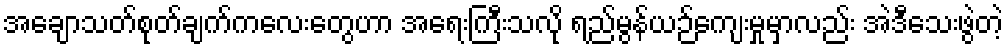
အချောသတ်စုတ်ချက်ကလေးတွေဟာ အရေးကြီးသလို ရည်မွန်ယဉ်ကျေးမှုမှာလည်း အဲဒီသေးဖွဲတဲ့